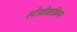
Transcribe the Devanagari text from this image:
स्टेग्नोग्राफ़िया